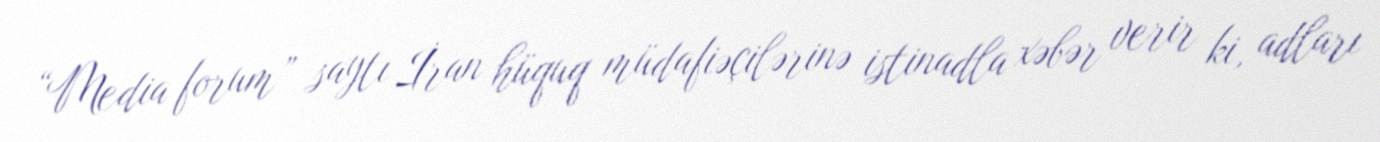
“Media forum” saytı İran hüquq müdafiəçilərinə istinadla xəbər verir ki, adları